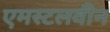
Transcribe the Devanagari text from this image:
एमस्टलवीन